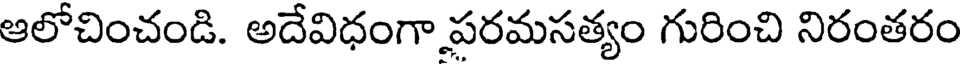
ఆలోచించండి. అదేవిధంగా పరమసత్యం గురించి నిరంతరం